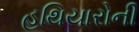
હથિયારોની